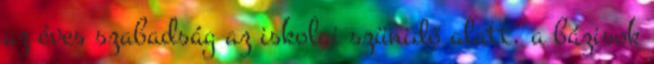
az éves szabadság az iskolai szünidő alatt, a bázisok